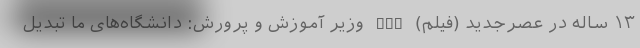
۱۳ ساله در عصرجدید (فیلم) nan وزیر آموزش و پرورش: دانشگاه‌های ما تبدیل